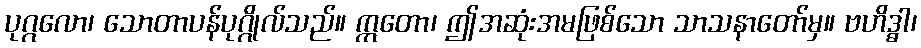
ပုဂ္ဂလော၊ သောတာပန်ပုဂ္ဂိုလ်သည်။ ဣတော၊ ဤအဆုံးအမဖြစ်သော သာသနာတော်မှ။ ဗဟိဒ္ဓါ၊